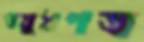
ওষুধপত্র